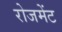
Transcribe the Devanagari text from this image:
रोजमेंट